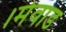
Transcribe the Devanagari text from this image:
।मेवाड